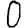
Digit: 0